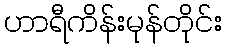
ဟာရီကိန်းမုန်တိုင်း